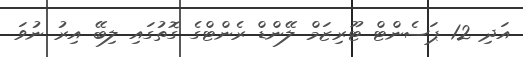
އަދި 12 ޕަސެންޓް ޓޫރިޒަމް ލޭންޑް ރެންޓްގެ ގޮތުގައި ލިބޭ އިރު ނުވަ